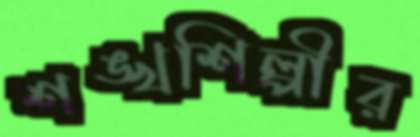
শঙ্খশিল্পীর